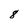
Character: 8